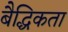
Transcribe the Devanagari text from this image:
बैद्धिकता